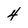
Character: 4